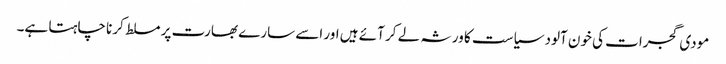
مودی گجرات کی خون آلود سیاست کا ورثہ لے کر آئے ہیں اور اسے سارے بھارت پر مسلط کرنا چاہتا ہے۔